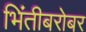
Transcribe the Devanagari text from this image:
भिंतीबरोबर